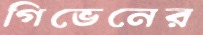
গিভেনের